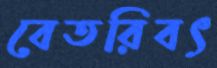
বেতরিবৎ